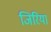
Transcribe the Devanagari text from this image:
जिरिया